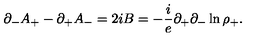
{ \partial } _ { - } A _ { + } - { \partial } _ { + } A _ { - } = 2 i B = - { \frac { i } { e } } { \partial } _ { + } { \partial } _ { - } \ln { { \rho } _ { + } } .